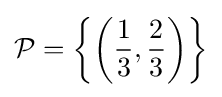
{\mathcal {P}}=\left\{\left({\frac {1}{3}},{\frac {2}{3}}\right)\right\rbrace